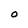
Character: O